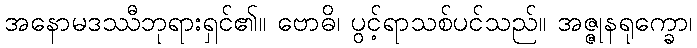
အနောမဒဿီဘုရားရှင်၏။ ဗောဓိ၊ ပွင့်ရာသစ်ပင်သည်။ အဇ္ဇုနရုက္ခော၊